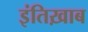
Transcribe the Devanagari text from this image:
इंतिख़ाब